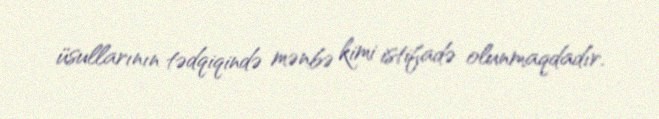
üsullarının tədqiqində mənbə kimi istifadə olunmaqdadır.